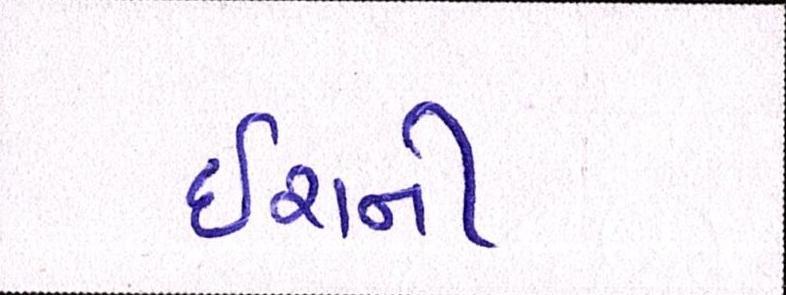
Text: ઇરાની